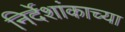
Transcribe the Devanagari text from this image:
निर्देशांकाच्या